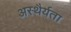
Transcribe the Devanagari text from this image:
अस्थैर्यता